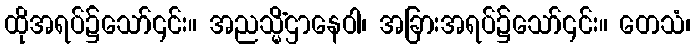
ထိုအရပ်၌သော်၎င်း။ အညသ္မိံဌာနေဝါ၊ အခြားအရပ်၌သော်၎င်း။ တေသံ၊